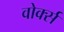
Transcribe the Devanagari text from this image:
वोर्क्स